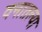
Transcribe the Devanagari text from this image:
वनातल्या